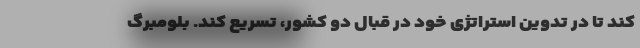
کند تا در تدوین استراتژی خود در قبال دو کشور، تسریع کند. بلومبرگ